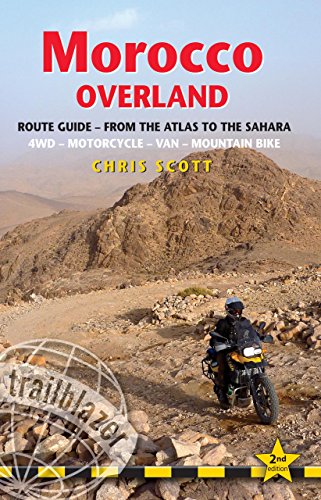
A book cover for Morocco Overland: 49 Routes From The Atlas To The Sahara By 4Wd, Motorcycle Or Mountainbike; Chris Scott; Travel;